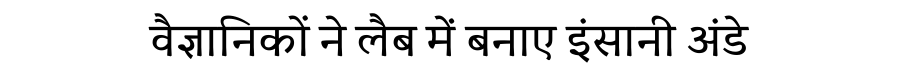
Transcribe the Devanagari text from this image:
वैज्ञानिकों ने लैब में बनाए इंसानी अंडे